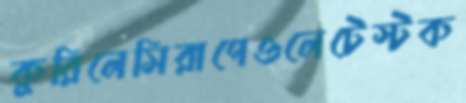
কুরিলেসিরাপেওলেটেস্টক